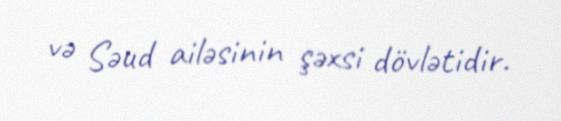
və Səud ailəsinin şəxsi dövlətidir.